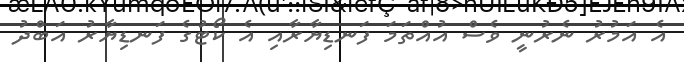
އެ އަމުރު ނެރުނީ ވެސް އުއްތަމަ ފަނޑިޔާރާއި އެ ކޯޓުގެ ފަނޑިޔާރު އަބްދު